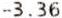
-3.36